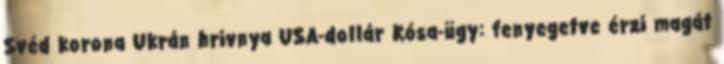
Svéd korona Ukrán hrivnya USA-dollár Kósa-ügy: fenyegetve érzi magát